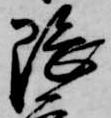
隈